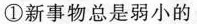
①新事物总是弱小的